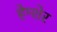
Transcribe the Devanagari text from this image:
हेम्शेर